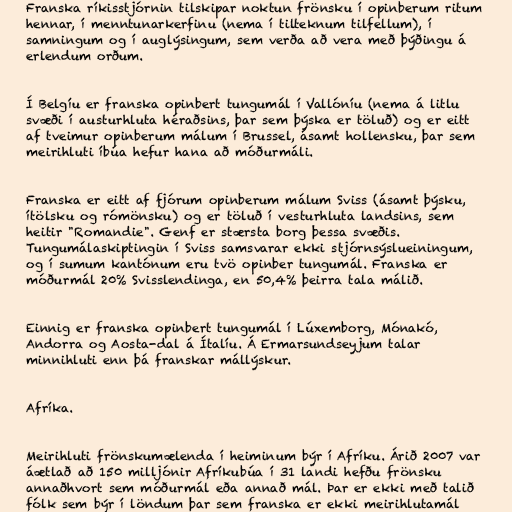
Franska ríkisstjórnin tilskipar noktun frönsku í opinberum ritum
hennar, í menntunarkerfinu (nema í tilteknum tilfellum), í
samningum og í auglýsingum, sem verða að vera með þýðingu á
erlendum orðum.

Í Belgíu er franska opinbert tungumál í Vallóníu (nema á litlu
svæði í austurhluta héraðsins, þar sem þýska er töluð) og er eitt
af tveimur opinberum málum í Brussel, ásamt hollensku, þar sem
meirihluti íbúa hefur hana að móðurmáli.

Franska er eitt af fjórum opinberum málum Sviss (ásamt þýsku,
ítölsku og rómönsku) og er töluð í vesturhluta landsins, sem
heitir "Romandie". Genf er stærsta borg þessa svæðis.
Tungumálaskiptingin í Sviss samsvarar ekki stjórnsýslueiningum,
og í sumum kantónum eru tvö opinber tungumál. Franska er
móðurmál 20% Svisslendinga, en 50,4% þeirra tala málið.

Einnig er franska opinbert tungumál í Lúxemborg, Mónakó,
Andorra og Aosta-dal á Ítalíu. Á Ermarsundseyjum talar
minnihluti enn þá franskar mállýskur.

Afríka.

Meirihluti frönskumælenda í heiminum býr í Afríku. Árið 2007 var
áætlað að 150 milljónir Afríkubúa í 31 landi hefðu frönsku
annaðhvort sem móðurmál eða annað mál. Þar er ekki með talið
fólk sem býr í löndum þar sem franska er ekki meirihlutamál